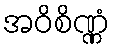
အဝိစိဏ္ဏံ